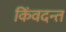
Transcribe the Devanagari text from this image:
किंवदन्त